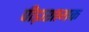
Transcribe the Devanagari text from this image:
पीड़ाशामक